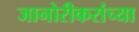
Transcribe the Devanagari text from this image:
जानोरीकरांच्या